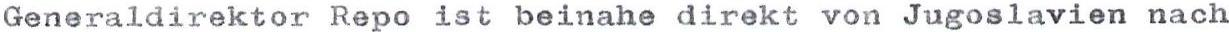
Generaldirektor Repo ist beinahe direkt von Jugoslavien nach